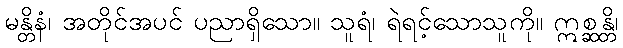
မန္တိနံ၊ အတိုင်အပင် ပညာရှိသော။ သူရံ၊ ရဲရင့်သောသူကို။ ဣစ္ဆန္တိ၊